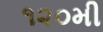
૧૨૦મી